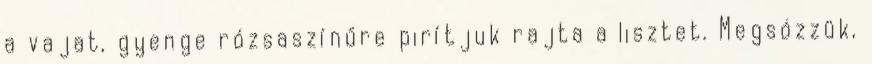
a vajat, gyenge rózsaszínűre pirítjuk rajta a lisztet. Megsózzük,